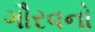
ગૌરવનો